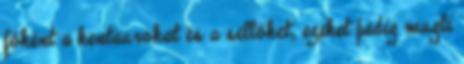
főként a kentaurokat és a sellőket, ezeket pedig mugli